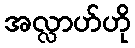
အလ္လာဟ်ဟို